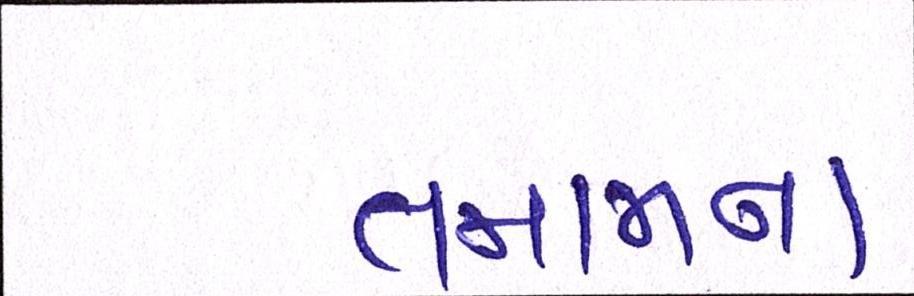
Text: તમામના